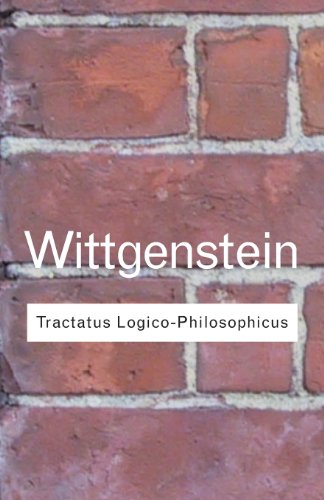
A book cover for Tractatus Logico-Philosophicus (Routledge Classics); Ludwig Wittgenstein; Politics & Social Sciences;